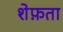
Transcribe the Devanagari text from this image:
शेफ़ता